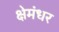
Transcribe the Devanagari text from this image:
क्षेमंधर